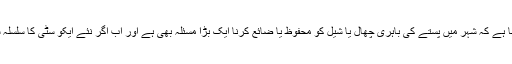
اس شہر کی مقامی انتظامیہ سے وابستہ ماحول دوست ٹاؤن پلانر سیدا مُفتُو اوغلو گُلیج کا کہنا ہے کہ شہر میں پستے کی باہری چھال یا شیل کو محفوظ یا ضائع کرنا ایک بڑا مسئلہ بھی ہے اور اب اگر نئے ایکو سٹی کا سلسلہ شروع ہو جاتا ہے تو پستے کی سخت چھال نئے شہر کی توانائی کی ضرورت بن جائے گا۔